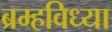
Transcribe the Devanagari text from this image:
ब्रम्हविध्या